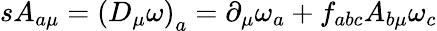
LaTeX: sA_{a\mu}=\left(D_{\mu}\omega\right)_{a}=\partial_{\mu}\omega_{a}+f_{abc}A_{b\mu}\omega_{c}